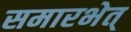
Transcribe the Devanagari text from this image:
समारभेत्